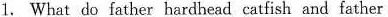
1. What do father hardhead catfish and father